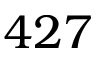
4 2 7